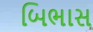
બિભાસ